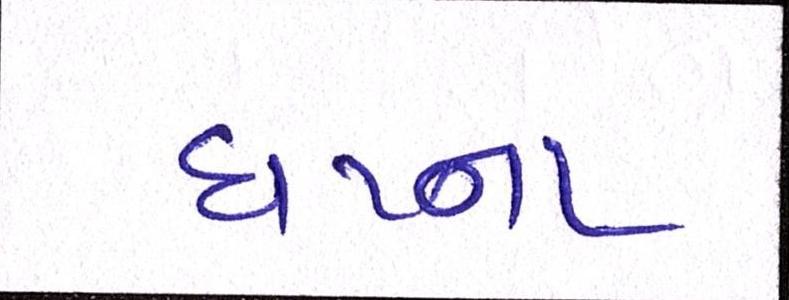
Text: ઘટના